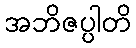
အဘိဇပ္ပါတိ